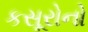
કસૂરોનો